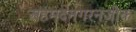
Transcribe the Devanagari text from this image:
अहमदनगरनजीक